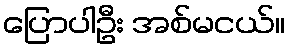
ပြောပါဦး အစ်မငယ်။